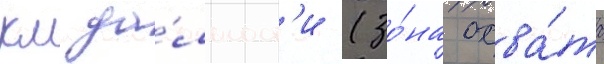
км да́льност'и (зо́на охва́та